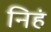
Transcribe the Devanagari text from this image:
निहं